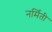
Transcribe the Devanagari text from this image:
नर्मिती